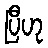
ပြီဟု